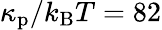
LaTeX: \kappa_{\mathrm{p}}/k_{\mathrm{B}}T=82